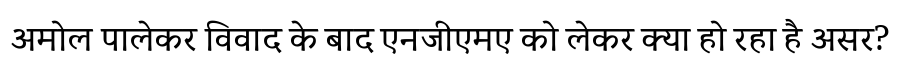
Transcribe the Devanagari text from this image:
अमोल पालेकर विवाद के बाद एनजीएमए को लेकर क्या हो रहा है असर?